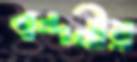
বন্দনীয়